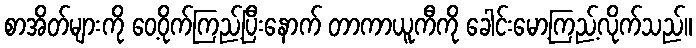
စာအိတ်များကို ဝေ့ဝိုက်ကြည့်ပြီးနောက် တာကာယူကီကို ခေါင်းမော့ကြည့်လိုက်သည်။